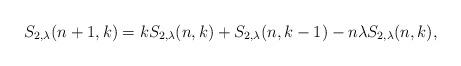
LaTeX: \begin{align*}S_{2,\lambda }(n+1,k) = kS_{2,\lambda }(n,k) + S_{2,\lambda }(n,k-1) - n\lambda S_{2,\lambda }(n,k),\end{align*}